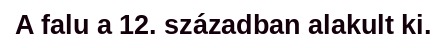
A falu a 12. században alakult ki.